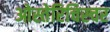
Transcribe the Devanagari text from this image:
ओस्तेरिचिस्चर